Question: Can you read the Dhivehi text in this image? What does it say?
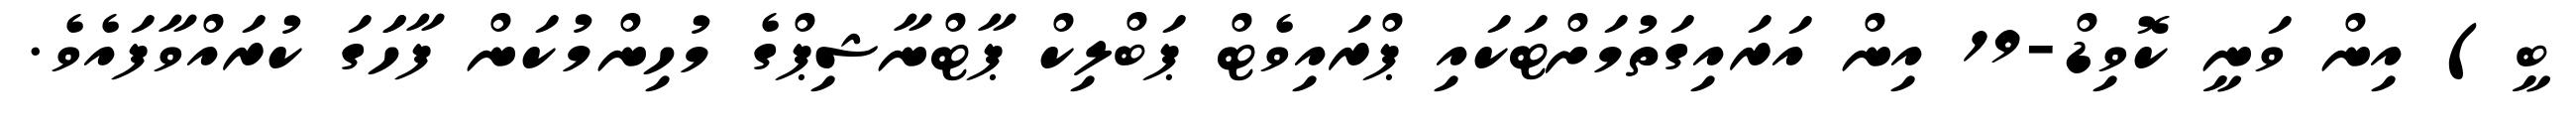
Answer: ބީ) އިން ވަނީ ކޮވިޑް-19 އިން އަރައިގަތުމަށްޓަކައި ޕްރައިވެޓް ޕަބްލިކް ޕާޓްނާޝިޕްގެ މުހިންމުކަން ފާހަަގަ ކުރައްވާފައެވެ.